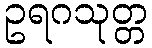
ဥရဂသုတ္တ